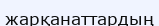
жарқанаттардың